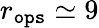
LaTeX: r_{\tt ops}\simeq 9